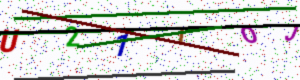
Text: U21TOJ